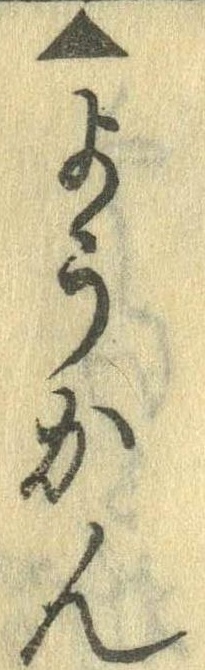
▲ようかん